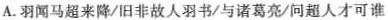
A.闻马超来降/旧非故人羽书/与诸葛亮/问超人才可谁